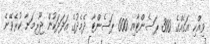
ވިއްކި އަގެއްގެ 300 ޕަސެންޓާއި 600 ޕަސެންޓާ ދެމެދުގެ އަދަދަކުން ޖޫރިމަނާ ކުރެވޭނެ